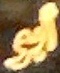
ابو